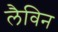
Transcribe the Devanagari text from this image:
लैविन